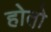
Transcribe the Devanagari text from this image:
होतो़